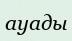
ауады